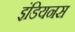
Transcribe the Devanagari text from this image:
इंडियनस